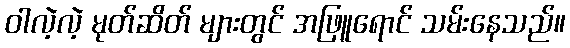
ဝါလဲ့လဲ့ မုတ်ဆိတ် များတွင် အဖြူရောင် သမ်းနေသည်။